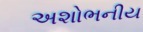
અશોભનીય